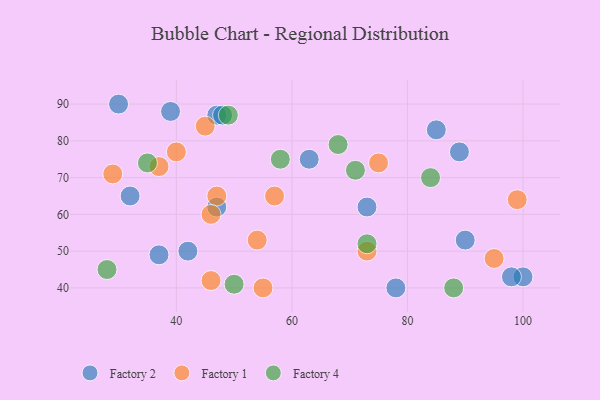
{"axis": {"x": "GDP", "y": "Life Expectancy"}, "legend": ["Factory 1", "Factory 2", "Factory 4"], "data": [{"x": "100", "y": 43, "type": "Factory 2"}, {"x": "32", "y": 65, "type": "Factory 2"}, {"x": "85", "y": 83, "type": "Factory 2"}, {"x": "63", "y": 75, "type": "Factory 2"}, {"x": "98", "y": 43, "type": "Factory 2"}, {"x": "89", "y": 77, "type": "Factory 2"}, {"x": "30", "y": 90, "type": "Factory 2"}, {"x": "39", "y": 88, "type": "Factory 2"}, {"x": "73", "y": 62, "type": "Factory 2"}, {"x": "78", "y": 40, "type": "Factory 2"}, {"x": "37", "y": 49, "type": "Factory 2"}, {"x": "47", "y": 62, "type": "Factory 2"}, {"x": "42", "y": 50, "type": "Factory 2"}, {"x": "47", "y": 87, "type": "Factory 2"}, {"x": "90", "y": 53, "type": "Factory 2"}, {"x": "48", "y": 87, "type": "Factory 2"}, {"x": "73", "y": 50, "type": "Factory 1"}, {"x": "99", "y": 64, "type": "Factory 1"}, {"x": "54", "y": 53, "type": "Factory 1"}, {"x": "29", "y": 71, "type": "Factory 1"}, {"x": "47", "y": 65, "type": "Factory 1"}, {"x": "95", "y": 48, "type": "Factory 1"}, {"x": "55", "y": 40, "type": "Factory 1"}, {"x": "46", "y": 60, "type": "Factory 1"}, {"x": "37", "y": 73, "type": "Factory 1"}, {"x": "57", "y": 65, "type": "Factory 1"}, {"x": "46", "y": 42, "type": "Factory 1"}, {"x": "75", "y": 74, "type": "Factory 1"}, {"x": "45", "y": 84, "type": "Factory 1"}, {"x": "40", "y": 77, "type": "Factory 1"}, {"x": "68", "y": 79, "type": "Factory 4"}, {"x": "58", "y": 75, "type": "Factory 4"}, {"x": "50", "y": 41, "type": "Factory 4"}, {"x": "71", "y": 72, "type": "Factory 4"}, {"x": "88", "y": 40, "type": "Factory 4"}, {"x": "73", "y": 52, "type": "Factory 4"}, {"x": "49", "y": 87, "type": "Factory 4"}, {"x": "35", "y": 74, "type": "Factory 4"}, {"x": "84", "y": 70, "type": "Factory 4"}, {"x": "28", "y": 45, "type": "Factory 4"}]}